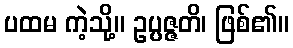
ပထမ ကဲ့သို့။ ဥပ္ပဇ္ဇတိ၊ ဖြစ်၏။